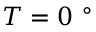
T = 0 ~ ^ { \circ }